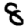
Digit: 8